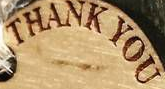
THANK YOU